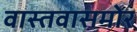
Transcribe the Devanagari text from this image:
वास्तवासमोर